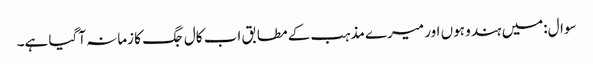
سوال:میں ہندو ہوں اور میرے مذہب کے مطابق اب کال جگ کا زمانہ آگیا ہے۔